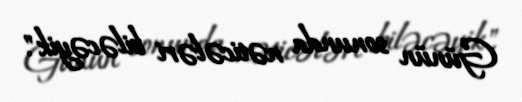
Günün sonunda nəticələri biləcəyik".